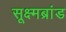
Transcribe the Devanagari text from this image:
सूक्ष्मब्रांड